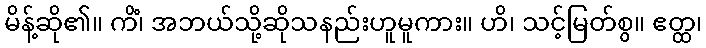
မိန့်ဆို၏။ ကိံ၊ အဘယ်သို့ဆိုသနည်းဟူမူကား။ ဟိ၊ သင့်မြတ်စွ။ ဧတ္ထ၊